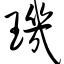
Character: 玑